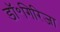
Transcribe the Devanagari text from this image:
डॉ॰गिरिजा